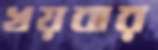
খয়বার